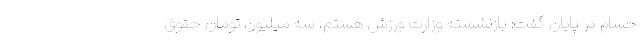
حسام‌ در پایان گفت: بازنشسته وزارت ورزش هستم، سه میلیون تومان حقوق